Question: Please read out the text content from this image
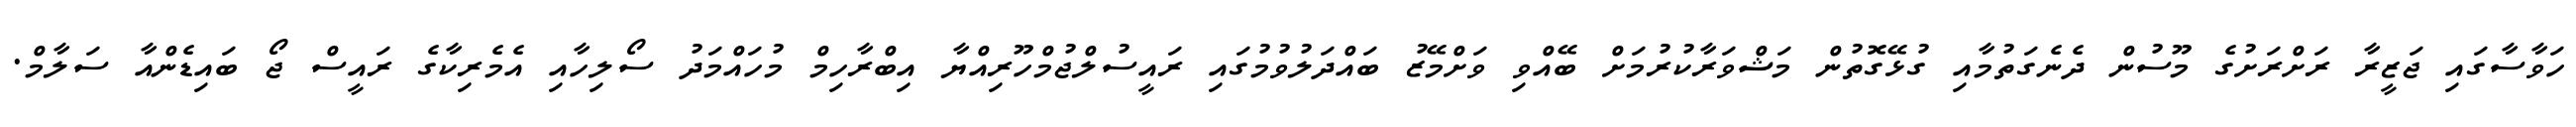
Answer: ހަވާސާގައި ޖަޒީރާ ރަށްރަށުގެ މޫސުން ދެނެގަތުމާއި ގުޅޭގޮތުން މަޝްވަރާކުރުމަށް ބޭއްވި ވަށްމޭޒު ބައްދަލުވުމުގައި ރައީސުލްޖުމްހޫރިއްޔާ އިބްރާހިމް މުހައްމަދު ސޯލިހާއި އެމެރިކާގެ ރައީސް ޖޯ ބައިޑެންއާ ސަލާމް.